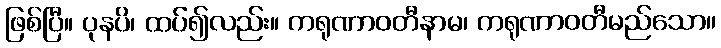
ဖြစ်ပြီ။ ပုနပိ၊ ထပ်၍လည်း။ ကရုဏာဝတီနာမ၊ ကရုဏာဝတီမည်သော။